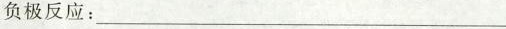
负极反应：___